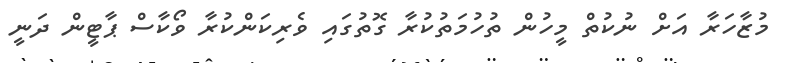
މުޒާހަރާ އަށް ނުކުތް މީހުން ތުހުމަތުކުރާ ގޮތުގައި ވެރިކަންކުރާ ވޯކާސް ޕާޓީން ދަނީ